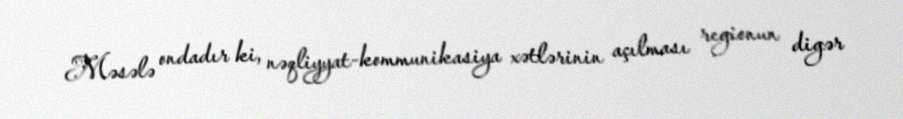
Məsələ ondadır ki, nəqliyyat-kommunikasiya xətlərinin açılması regionun digər